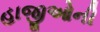
હાજીઓની